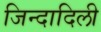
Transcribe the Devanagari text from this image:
जिन्दादिली